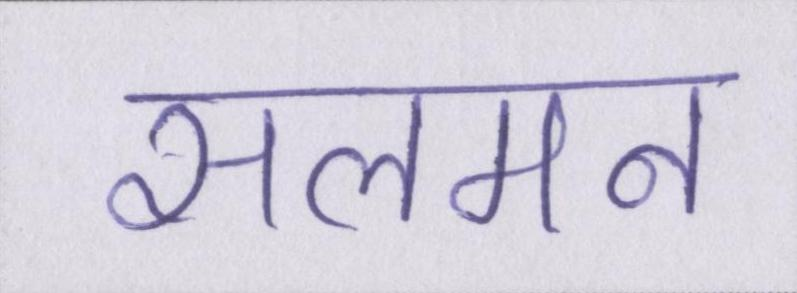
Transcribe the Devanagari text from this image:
सलमन